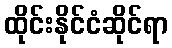
ထိုင်းနိုင်ငံဆိုင်ရာ